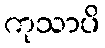
ကုသာပိ